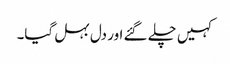
کہیں چلے گئے اور دل بہل گیا۔